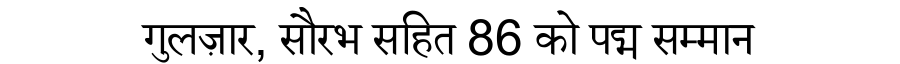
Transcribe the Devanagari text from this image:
गुलज़ार, सौरभ सहित 86 को पद्म सम्मान